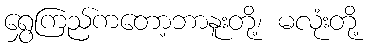
ရွှေကြည်ကတော့ဘာနူးတို့၊ မလုံးတို့